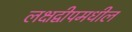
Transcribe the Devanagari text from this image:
लक्षद्वीपमधील